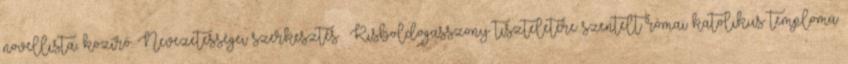
novellista, közíró. Nevezetességei szerkesztés Kisboldogasszony tiszteletére szentelt római katolikus temploma